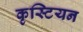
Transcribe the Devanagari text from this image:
कृस्टियन